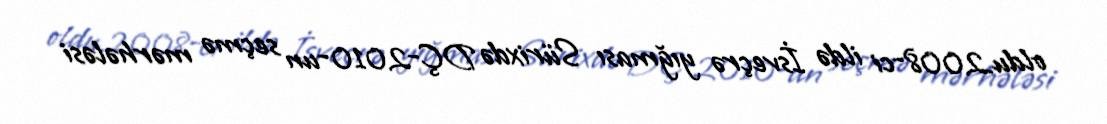
oldu.2008-ci ildə İsveçrə yığması Sürixdə DÇ-2010-un seçmə mərhələsi